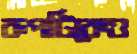
রূপটিকেও